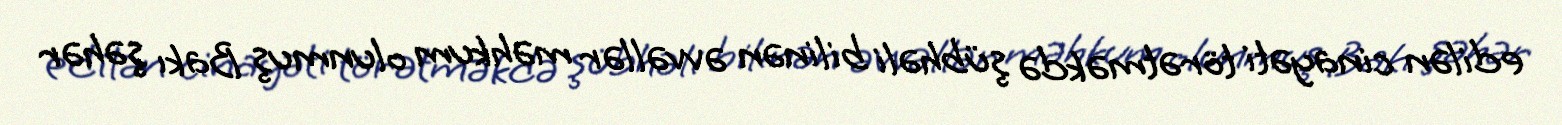
edilən cinayəti törətməkdə şübhəli bilinən əvvəllər məhkum olunmuş Bakı şəhər